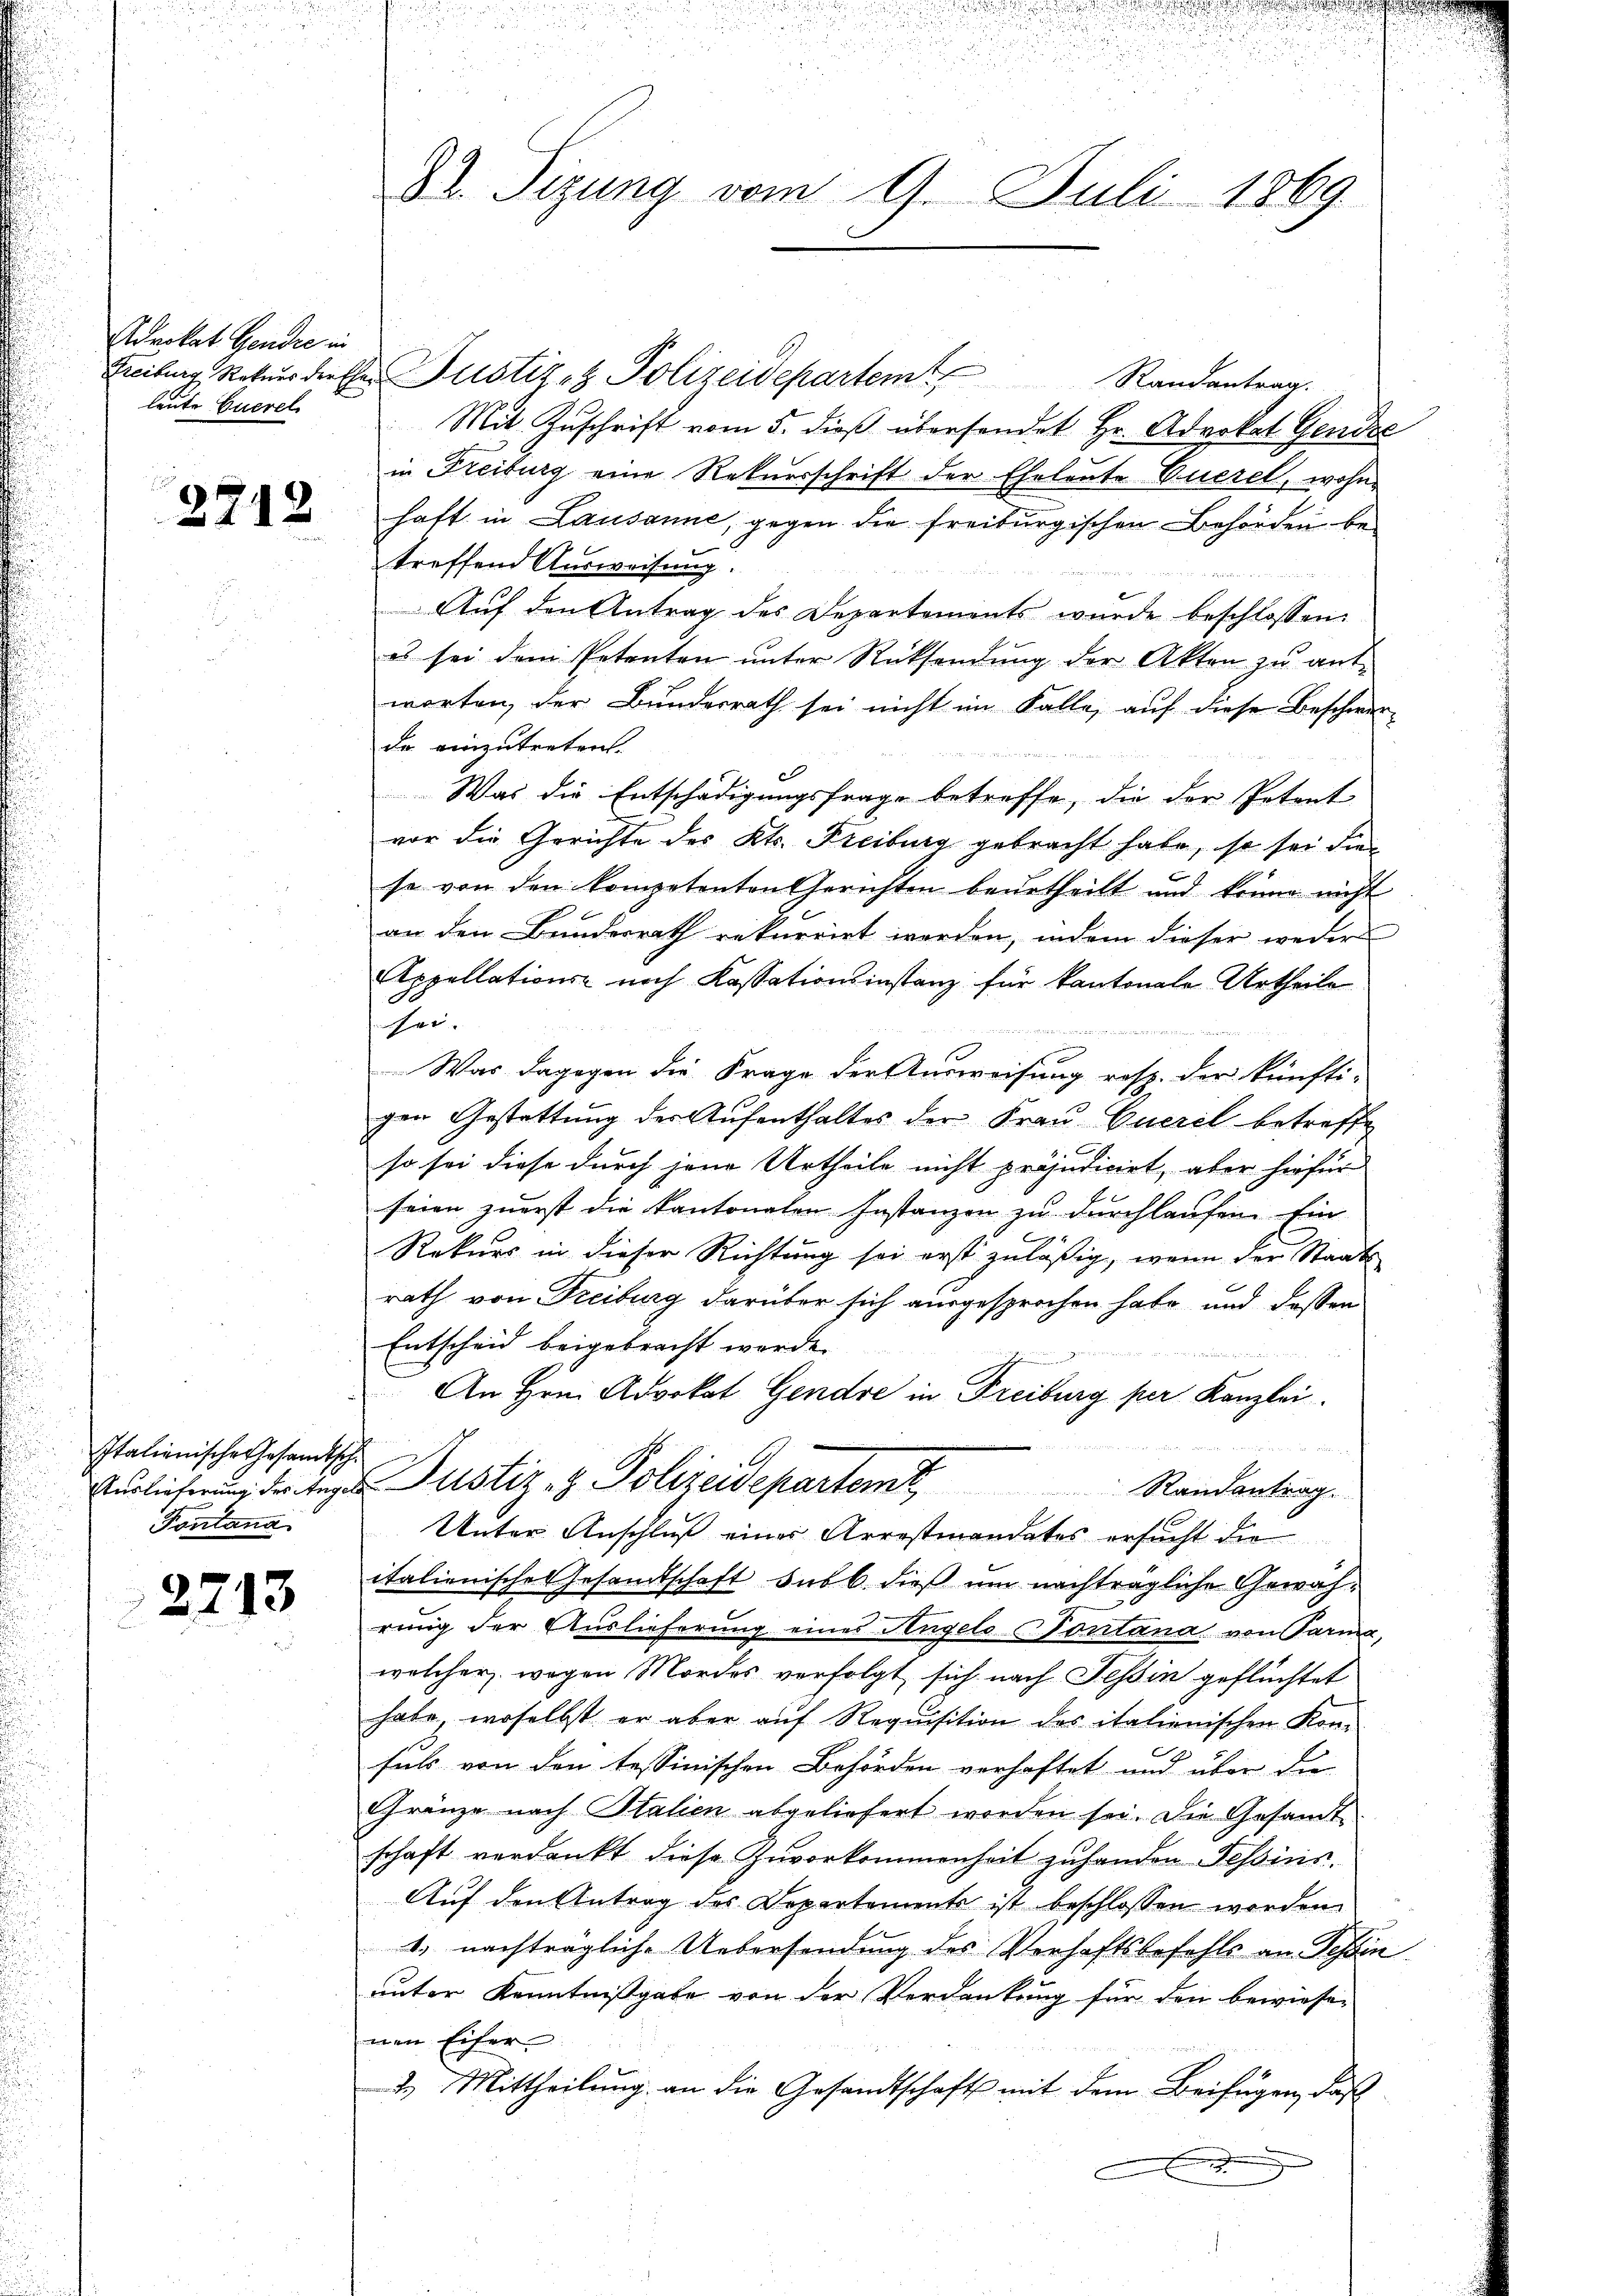
drokat Gendre in
leute Euerel

2712

Italienische Gesandtsche
Fontana

2213

82. Sizung vom 9. Juli 1869

u

u

.

Freiburg, Rekurs dieser Justiz- & Polizeidepartem Randantrag.
Mit Zŭschrift vom 5. dieβ übersendet Hr. Advokat Gendze
in Freiburg eine Rekursschrift der Eheleute Euerel, wohne
haft in Lausanne, gegen die freiburgischen Behörden betreffend Ausweisung.
Auf den Antrag des Departements wurde beschlossen:
es sei dem Petenten ŭnter Rücksendŭng der Akten zu ant-
worten, der Bundesrath sei nicht im Falle, auf diese Beschwer-
do einzutreten.
Was die Entschädigungsfrage betreffe, die der Petent
vor die Gerichte des Kts. Freiburg gebracht habe, so sei die
se von den kompetenten Gerichten beurtheilt und könne nicht
an den Bundesrath rekurrirt werden, indem dieser weder
Appellations- noch Kassationsinstanz für kantonale Urtheile
sei- |

Was dagegen die Frage der Ausweisung resp. der künfti-
gen Gestattung der Aufenthaltes der Frau Queril betreffe
so sei diese durch jene Urtheile nicht präjudicirt, aber hiefür
seien zuerst die kantonalen Instanzen zu durchlaufen. Ein
Rekurs in dieser Richtung sei erst zuläßig, wenn der Staats
rath von Freiburg darüber sich ausgesprochen habe und dassen
Entscheid beigebracht werde.
An Hrn. Advokat Gendre in Freiburg per Kanzlei
u
Auslieferung der Tages Justiz- & Polizeidepartem                       Randantrag
Unter Anschluß einer Arrestmandates ersucht die
italienische Gesandtschaft sub b. dieß um nachträgliche Gewährung der Auslieferung eines Angels Contana von Parma,
welcher wegen Mordes verfolgt sich nach Tessin geflüchtet
habe, woselbst er aber auf Requisition des italienischen Kon-
suls von den tessinischen Behörden verhaftet und über die
Gränze nach Italien abgeliefert worden sei. Die Gesandt-
schaft verdankt diese Zuvorkommenheit zuhanden Tessins.
Auf den Antrag des Departements ist beschlossen worden
1. nachträgliche Uebersendung des Verhaftsbefehls an Tessin
unter Kenntnißgabe von der Verdankung für den bewiesen
nen Eifer.
2.) Mittheilung an die Gesandtschaft mit dem Beifügen, daß
.